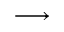
\longrightarrow